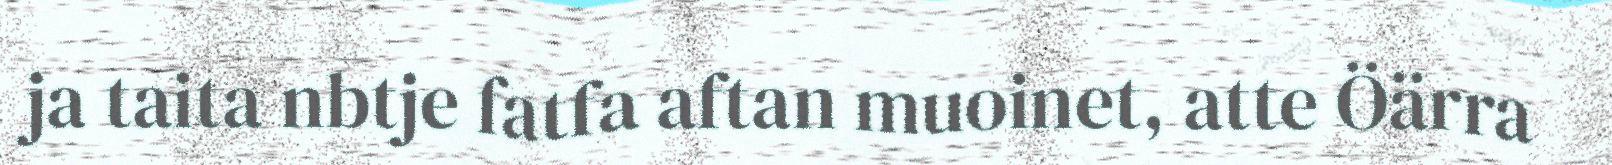
ja taita nbtje fatfa aftan muoinet, atte Öärra